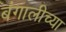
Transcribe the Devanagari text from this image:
बंगालीच्या